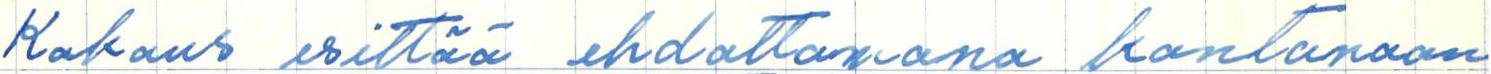
Kokous esittää ehdottomana kantanaan